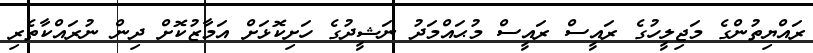
ރައްޔިތުންގެ މަޖިލީހުގެ ރައީސް ރައީސް މުޙައްމަދު ނަޝީދުގެ ހަށިކޮޅަށް އަމާޒުކޮށް ދިން ނުރައްކާތެރި